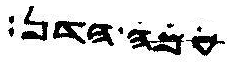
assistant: עמה הדן